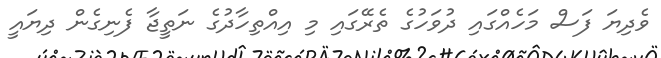
ވެދިޔަ ފަސް މަހެއްގައި ދުވަހުގެ ތެރޭގައި މި އިއްތިހާދުގެ ނަތީޖާ ފެނިގެން ދިޔައީ